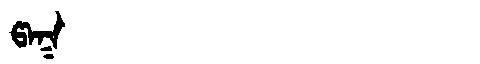
Manchu: ᡦᠠᡴ
Romanization: PAK